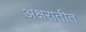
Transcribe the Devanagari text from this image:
अक्षरातीत